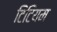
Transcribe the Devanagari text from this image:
टिटियम